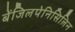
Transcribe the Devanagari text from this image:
बेंजिलपेनिसिलिन